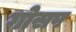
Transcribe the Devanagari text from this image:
गोसप